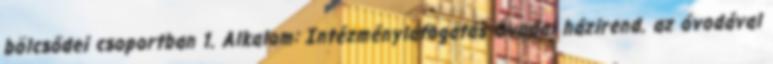
bölcsődei csoportban 1. Alkalom: Intézménylátogatás Óvodai házirend. az óvodával